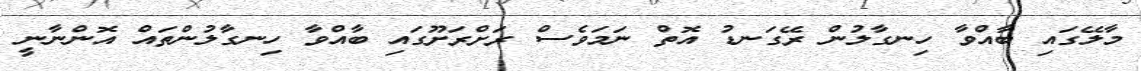
މާލޭގައި ބާއްވާ ހިނގާލުން ރޭގަނޑު އޮތް ނަމަވެސް ރަށްރަށޫގައި ބާއްވާ ހިނގާލުންތައް އޮންނާނީ